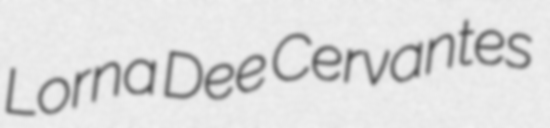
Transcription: Lorna Dee Cervantes